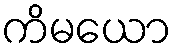
ကိမယော